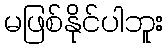
မဖြစ်နိုင်ပါဘူး